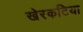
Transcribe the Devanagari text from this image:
खेरकटिया